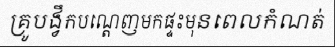
គ្រូបង្វឹកបណ្តេញមកផ្ទះមុនពេលកំណត់